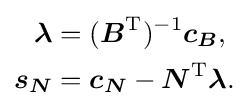
{\begin{aligned}{\boldsymbol {\lambda }}&=({\boldsymbol {B}}^{\mathrm {T} })^{-1}{\boldsymbol {c_{B}}},\\{\boldsymbol {s_{N}}}&={\boldsymbol {c_{N}}}-{\boldsymbol {N}}^{\mathrm {T} }{\boldsymbol {\lambda }}.\end{aligned}}